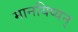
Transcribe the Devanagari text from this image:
मानयिष्यन्